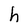
Character: h